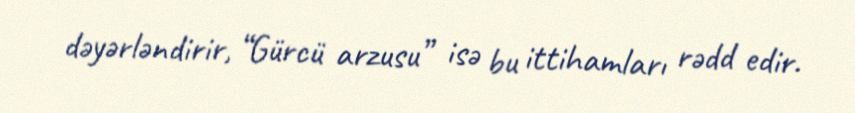
dəyərləndirir, “Gürcü arzusu” isə bu ittihamları rədd edir.